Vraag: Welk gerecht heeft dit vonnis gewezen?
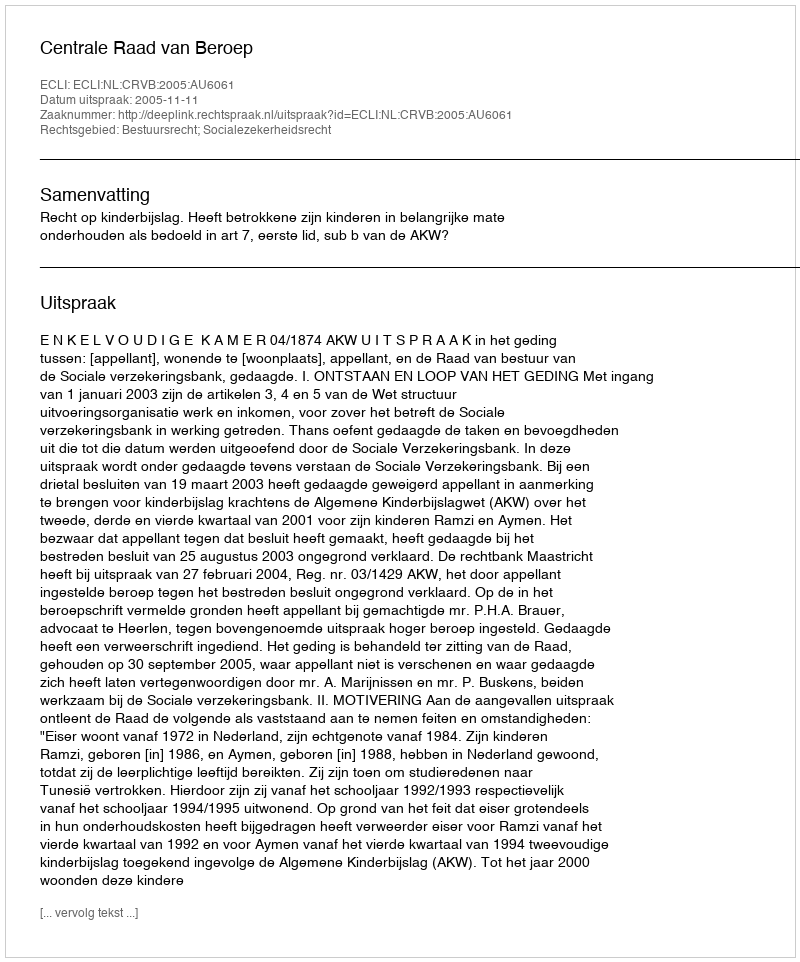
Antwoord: Centrale Raad van Beroep